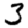
Digit: 3